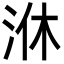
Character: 㳜